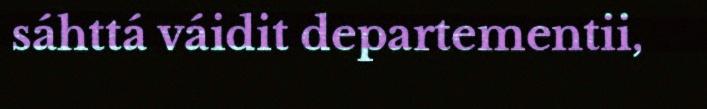
sáhttá váidit departementii,